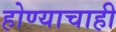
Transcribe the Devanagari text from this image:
होण्याचाही